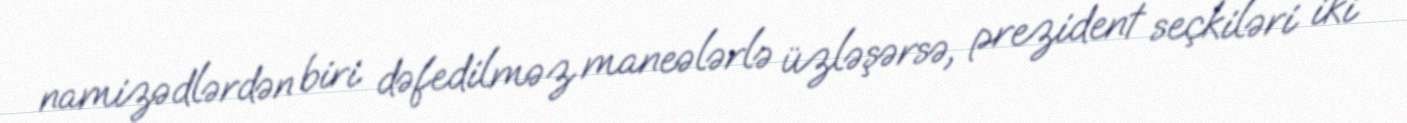
namizədlərdən biri dəfedilməz maneələrlə üzləşərsə, prezident seçkiləri iki